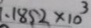
1 . 1 8 5 2 \times 1 0 ^ { 3 }